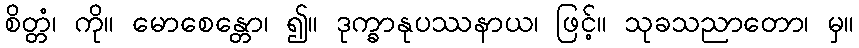
စိတ္တံ၊ ကို။ မောစေန္တော၊ ၍။ ဒုက္ခာနုပဿနာယ၊ ဖြင့်။ သုခသညာတော၊ မှ။